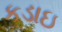
કડાઇ